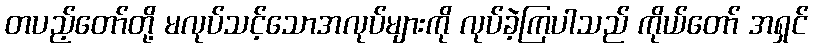
တပည့်တော်တို့ မလုပ်သင့်သောအလုပ်များကို လုပ်ခဲ့ကြပါသည် ကိုယ်တော် အရှင်